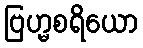
ဗြဟ္မစရိယော